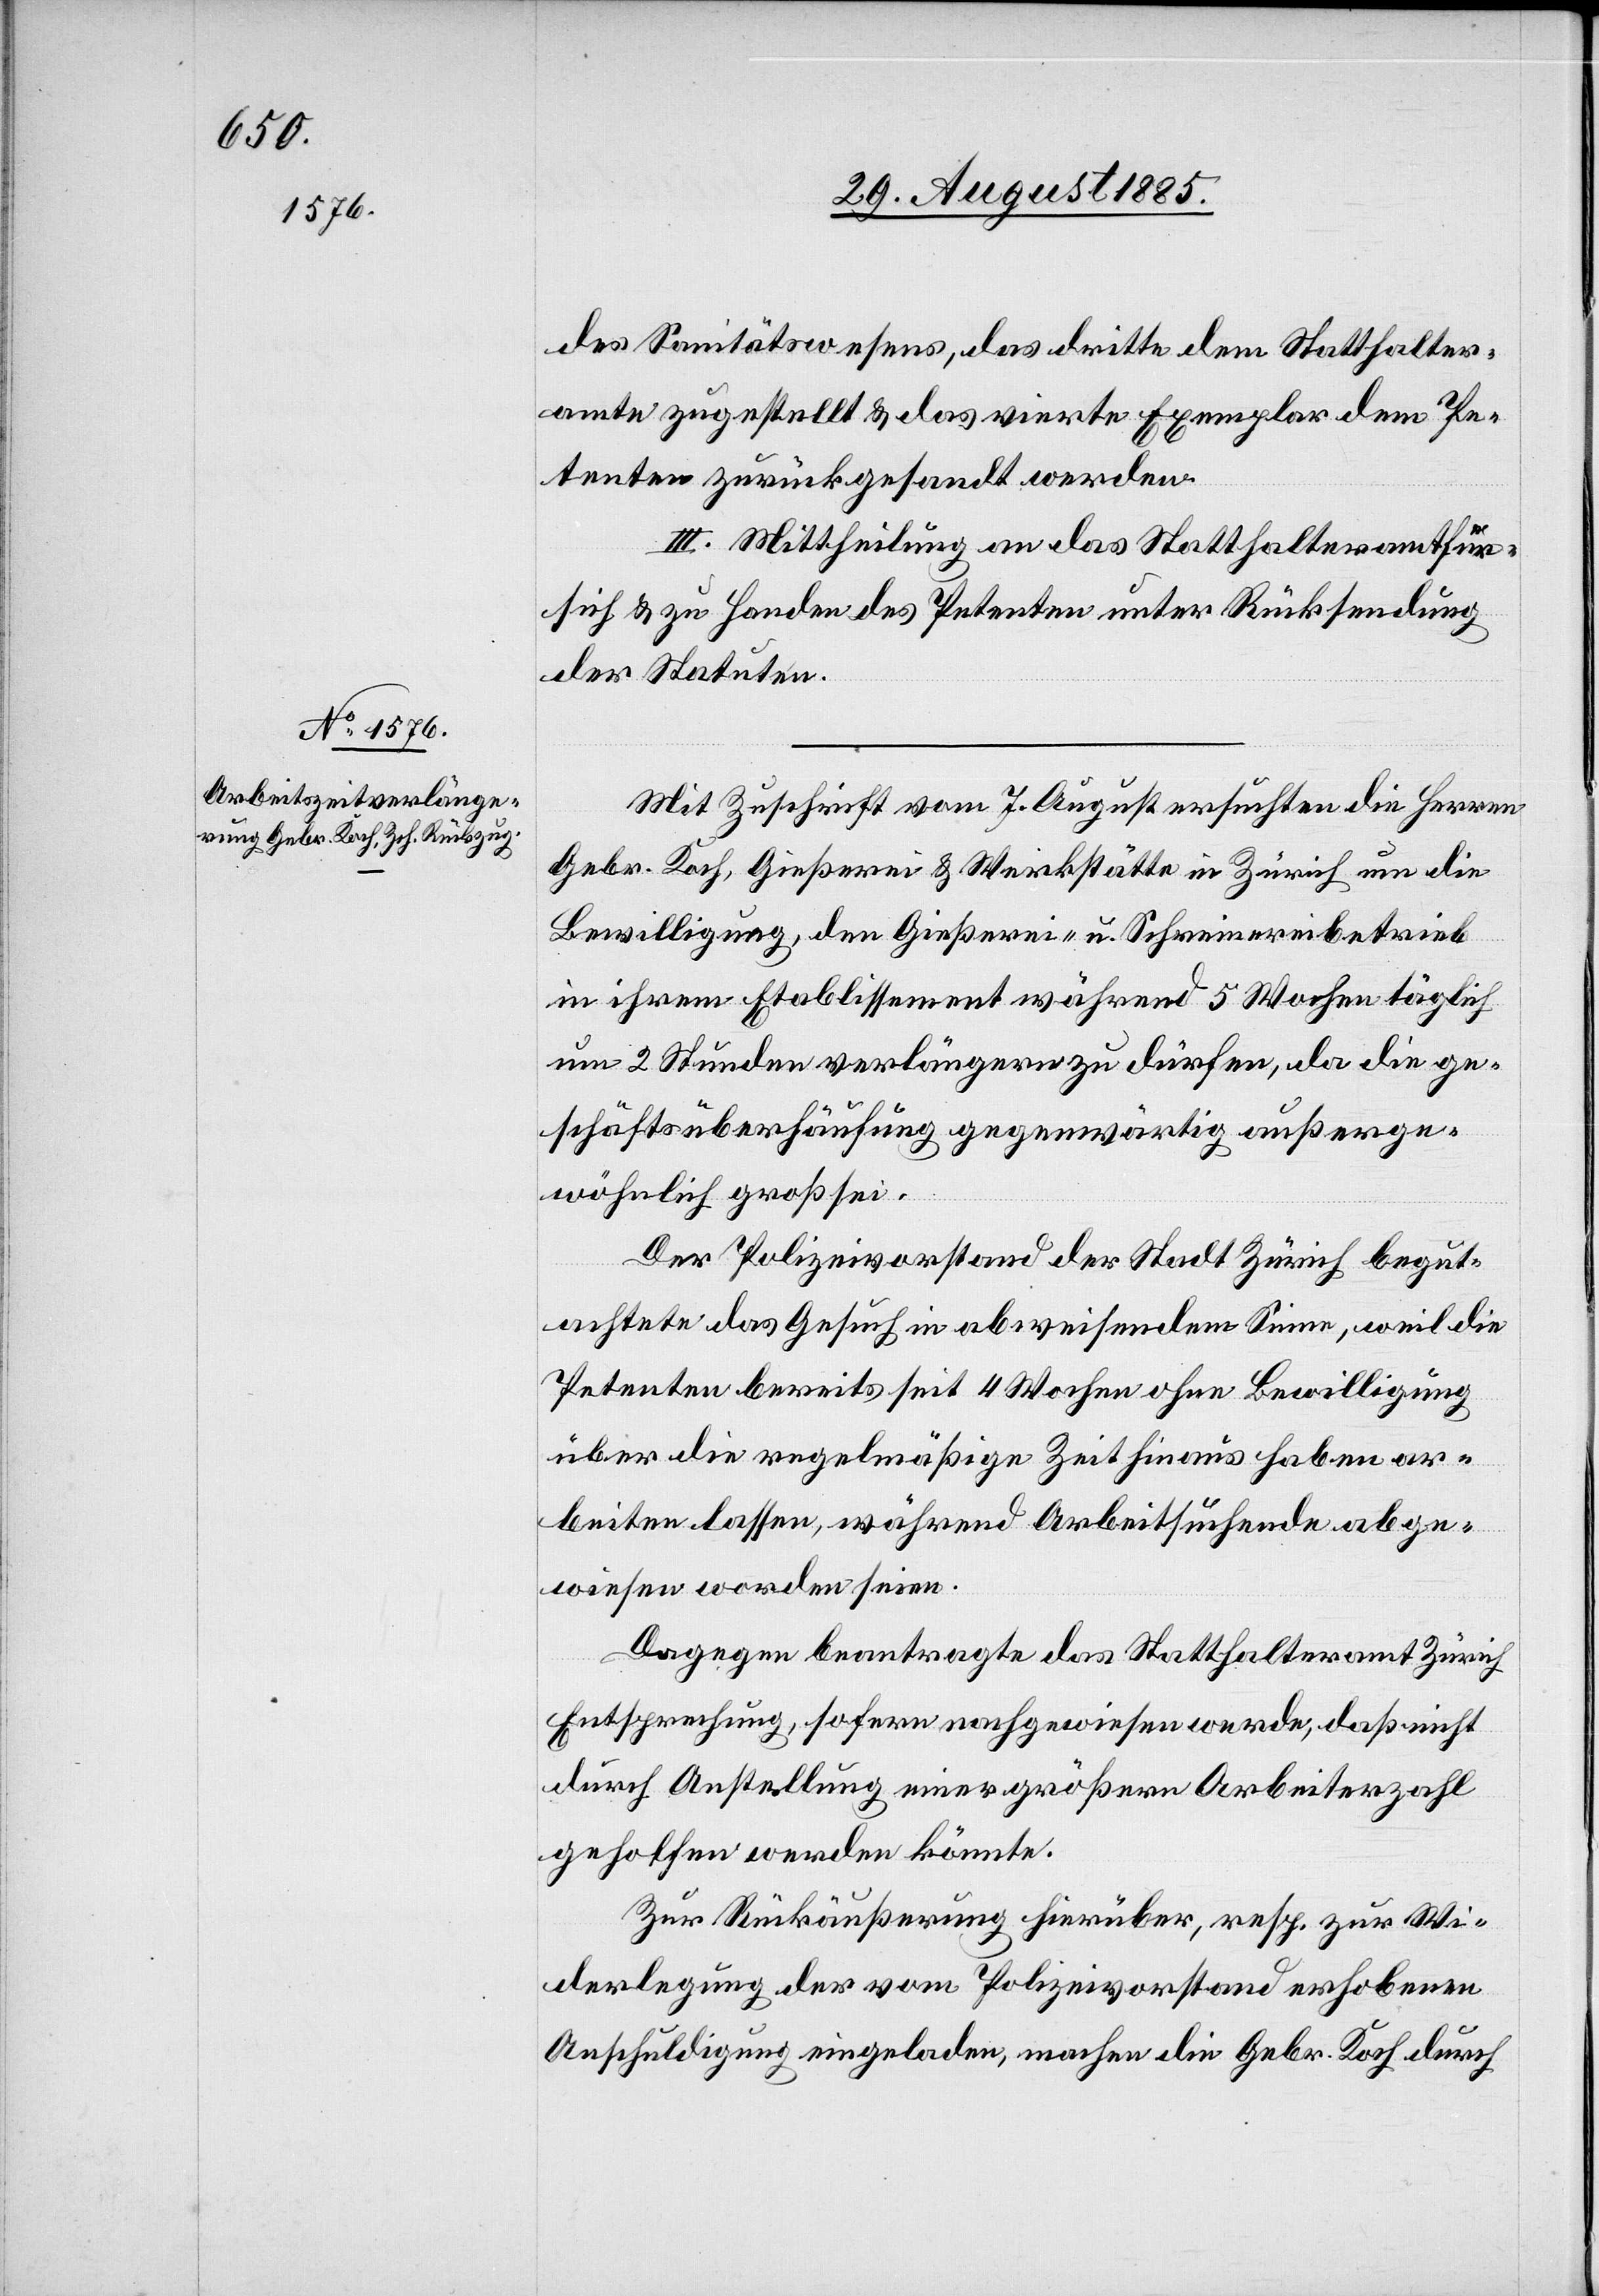
des Sanitätswesens, das dritte dem Statthalter¬
amte zugestellt & das vierte Exemplar dem Pe¬
tenten zurückgesandt werden.
III. Mittheilung an das Statthalteramt für
sich & zu Handen des Petenten unter Rücksendung
der Statuten.
Mit Zuschrift vom 7. August ersuchten die Herren
Gebr. Koch, Gießerei & Werkstätte in Zürich um die
Bewilligung, den Gießerei- u. Schreinerbetrieb
in ihrem Etablissement während 5 Wochen täglich
um 2 Stunden verlängern zu dürfen, da die ge¬
schäftsüberhäufung [sic!] gegenwärtig außerge¬
wöhnlich groß sei.
Der Polizeivorstand der Stadt Zürich begut¬
achtet das Gesuch in abweisendem Sinne, weil die
Petenten bereits seit 4 Wochen ohne Bewilligung
über die regelmäßige Zeit hinaus haben ar¬
beiten lassen, während Arbeitsuchende abge¬
wiesen worden seien.
Dagegen beantragte das Statthalteramt Zürich
Entsprechung, sofern nachgewiesen werde, daß nicht
durch Anstellung einer größeren Arbeiterzahl
geholfen werden könnte.
Zur Rückäußerung hierüber, resp. zur Wi¬
derlegung der vom Polizeivorstand erhobenen
Anschuldigung eingeladen, machen die Gebr. Koch durch